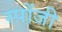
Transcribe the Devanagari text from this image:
स्पोंजी